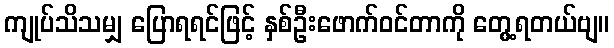
ကျုပ်သိသမျှ ပြောရရင်ဖြင့် နှစ်ဦးဖောက်ဝင်တာကို တွေ့ရတယ်ဗျ။